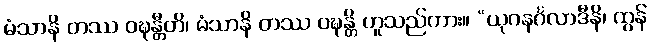
မံသာနိ တဿ ဝဍ္ဎန္တီတိ၊ မံသာနိ တဿ ဝဍ္ဎန္တိ ဟူသည်ကား။ “ယုဂနင်္ဂလာဒီနိ၊ ထွန်